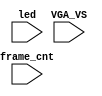
`timescale 1ns/1ps

module mist_dump(
    input           VGA_VS,
    input           led,
    input   [31:0]  frame_cnt
);

`ifdef DUMP
`ifndef NCVERILOG // iVerilog:
    initial begin
        // #(200*100*1000*1000);
        $display("DUMP enabled");
        $dumpfile("test.lxt");
    end
    `ifdef LOADROM
    always @(negedge led) if( $time > 20000 ) begin // led = downloading signal
        $display("DUMP starts");
        $dumpvars(0,mist_test);
        $dumpon;
    end
    `else
        `ifdef DUMP_START
        always @(negedge VGA_VS) if( frame_cnt==`DUMP_START ) begin
        `else
            initial begin
        `endif
            $display("DUMP starts");
            `ifdef DEEPDUMP
                $dumpvars(0,mist_test);
            `else
                $dumpvars(1,mist_test.UUT.u_game.u_main);
                $dumpvars(1,mist_test.frame_cnt);
            `endif
            $dumpon;
        end
    `endif
`else // NCVERILOG
    `ifdef DUMP_START
    always @(negedge VGA_VS) if( frame_cnt==`DUMP_START ) begin
    `else
    initial begin
    `endif
        $shm_open("test.shm");
        `ifdef DEEPDUMP
            $display("NC Verilog: will dump all signals");
            $shm_probe(mist_test,"AS");
        `else
            $display("NC Verilog: will dump selected signals");
            $shm_probe(frame_cnt);
            `ifndef GFX_ONLY
                $shm_probe(UUT.u_game.u_main,"A");
            `endif
            $shm_probe(UUT.u_game.u_video,"AS");
            //$shm_probe(UUT.u_game.u_video.u_gfx1,"A");
            //$shm_probe(UUT.u_game.u_video.u_gfx2,"A");
            //$shm_probe(UUT.u_game.u_sound,"A");
            //$shm_probe(UUT.u_game.u_main.u_cpu,"A");
            //$shm_probe(UUT.u_game.u_video.u_colmix,"A");
            //$shm_probe(UUT.u_game.u_video.u_gfx1,"A");
            //$shm_probe(UUT.u_game.u_video.u_gfx2,"A");
            $shm_probe(UUT.u_frame.u_board.u_sdram,"A");
        `endif
    end
`endif
`endif

endmodule // mist_dump